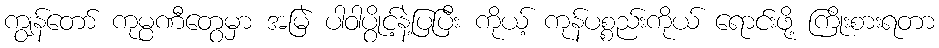
ကျွန်တော် ကုမ္ပဏီတွေမှာ အမြဲ ပါဝါပွိုင့်နဲ့ပြပြီး ကိုယ့် ကုန်ပစ္စည်းကိုယ် ရောင်းဖို့ ကြိုးစားရတာ